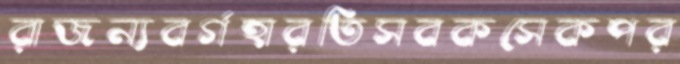
রাজন্যবর্গহারতিসবকসেকপর